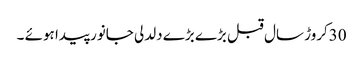
30کروڑ سال قبل بڑے بڑے دلدلی جانور پیدا ہوئے ۔